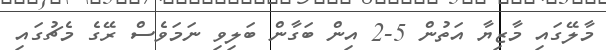
މާލޭގައި މާޒިޔާ އަތުން 5-2 އިން ބަގާން ބަލިވި ނަމަވެސް ރޭގެ މެޗުގައި